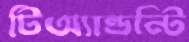
টিঅ্যান্ডন্টি